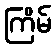
ကြိမ်